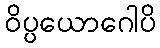
ဝိပ္ပယောဂေါပိ